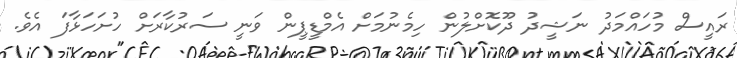
ރައީސް މުހައްމަދު ނަޝީދު ދޫކޮށްލުން ހިމެނުމަށް އެމްޑީޕީން ވަނީ ސަރުކާރަށް ހުށަހަޅާފަ އެވެ.